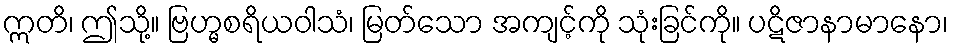
ဣတိ၊ ဤသို့။ ဗြဟ္မစရိယဝါသံ၊ မြတ်သော အကျင့်ကို သုံးခြင်ကို။ ပဋိဇာနာမာနော၊